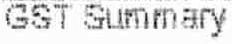
GST SUMMARY